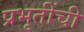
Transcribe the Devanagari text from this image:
प्रभृतींची